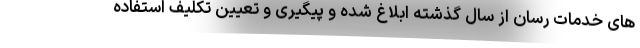
های خدمات رسان از سال گذشته ابلاغ شده و پیگیری و تعیین تکلیف استفاده